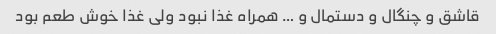
قاشق و چنگال و دستمال و … همراه غذا نبود ولی غذا خوش طعم بود